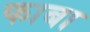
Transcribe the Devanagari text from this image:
फाबा